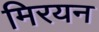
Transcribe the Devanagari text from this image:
मिरयन